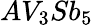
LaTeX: AV_{3}Sb_{5}